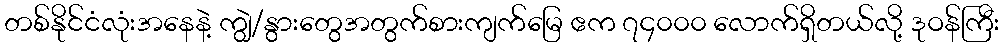
တစ်နိုင်ငံလုံးအနေနဲ့ ကျွဲ/နွားတွေအတွက်စားကျက်မြေ ဧက ၇၄၀၀၀ လောက်ရှိတယ်လို့ ဒုဝန်ကြီး